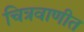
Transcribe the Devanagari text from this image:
चित्रवाणीत